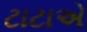
ટાટાએ